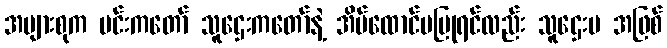
အများစုက မင်းကတော် သူဌေးကတော်နဲ့ အိမ်ထောင်မပြုရင်လည်း သူဌေးမ အဖြစ်